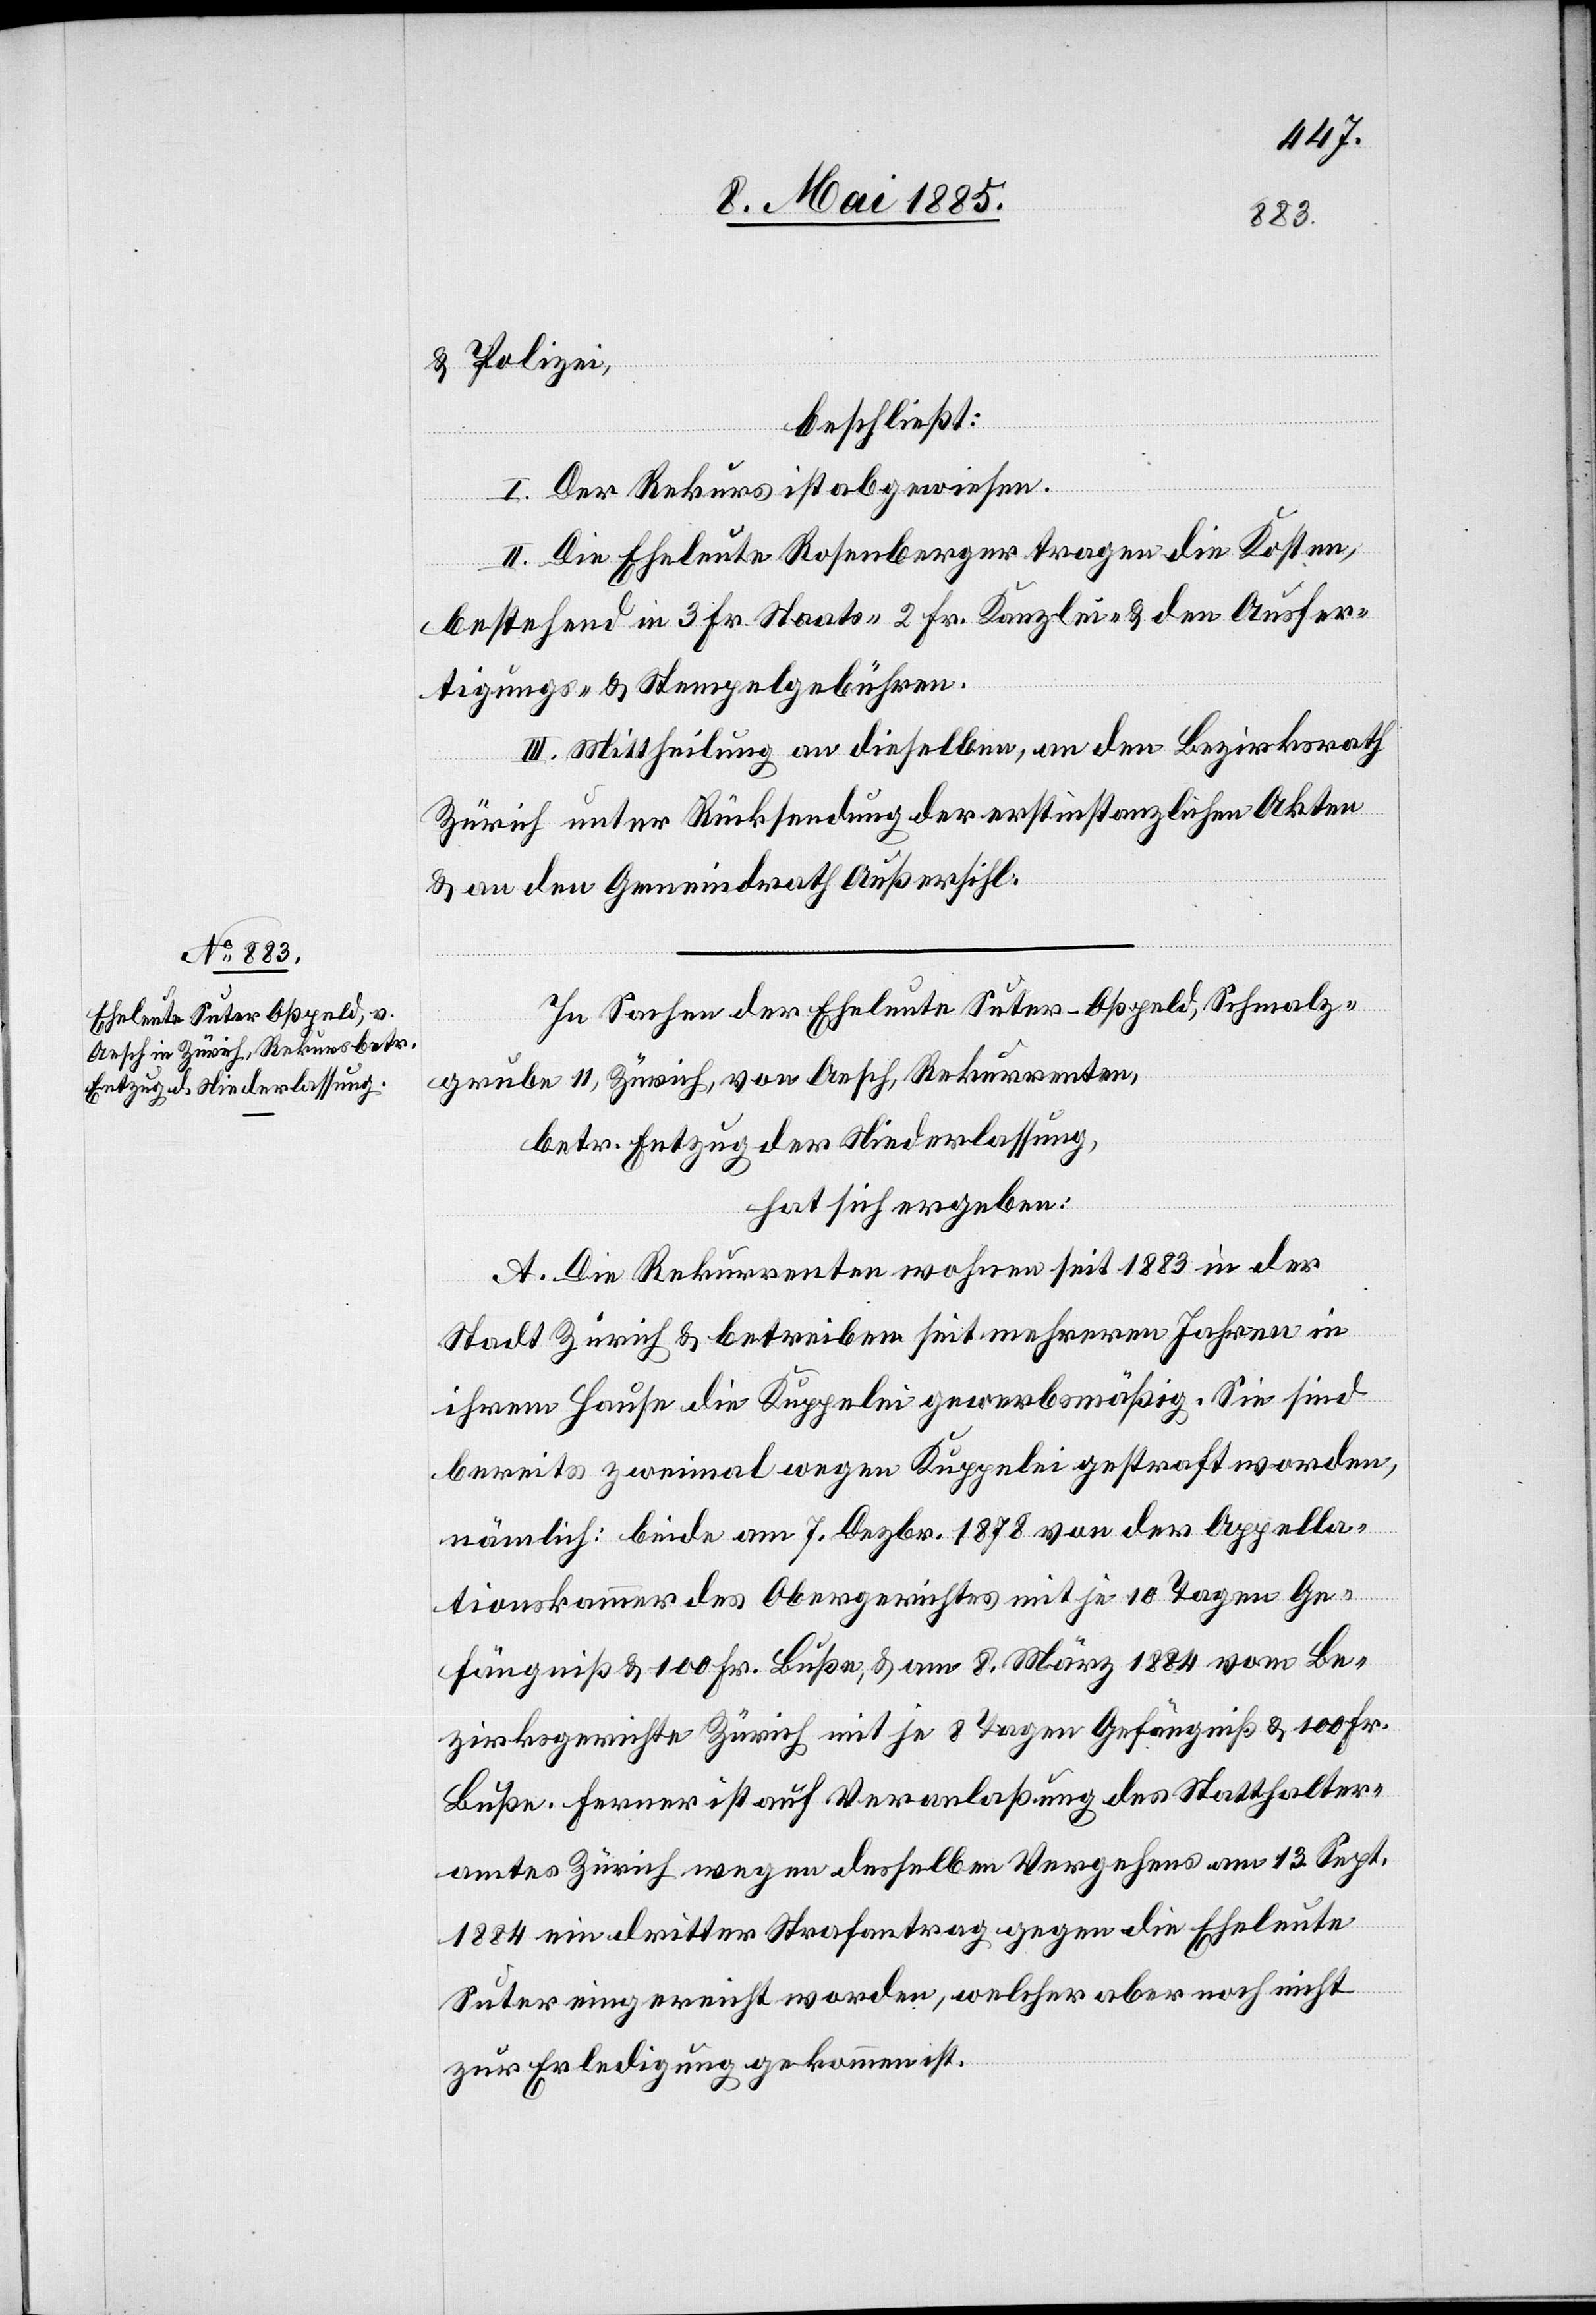
& Polizei,
beschließt:
I. Der Rekurs ist abgewiesen.
II. Die Eheleute Rosenberger tragen die Kosten,
bestehend in 3 Fr. Staats-[,] 2 Fr. Kanzlei- & den Ausfer¬
tigungs- & Stempelgebühren.
III. Mittheilung an dieselben, an den Bezirksrath
Zürich unter Rücksendung der erstinstanzlichen Akten
& an den Gemeindrath Außersihl.
In Sachen der Eheleute Suter-Oßpeld, Schmalz¬
grube 11, Zürich, von Aesch, Rekurrenten,
betr. Entzug der Niederlassung,
hat sich ergeben:
A. Die Rekurrenten wohnen seit 1883 in der
Stadt Zürich & betreiben seit mehreren Jahren in
ihrem Hause die Kuppelei gewerbsmäßig. Sie sind
bereits zweimal wegen Kuppelei gestraft worden,
nämlich: beide am 7. Dezbr. 1878 von der Appella¬
tionskammer des Obergerichtes mit je 10 Tagen Ge¬
fängniß & 100 Fr. Buße, & am 8. März 1884 vom Be¬
zirksgerichte Zürich mit je 8 Tagen Gefängniß & 100 Fr.
Buße. Ferner ist auf Veranlaßung des Statthalter¬
amtes Zürich wegen desselben Vergehens am 13. Sept¬
br.
1884 ein dritter Strafantrag gegen die Eheleute
Suter eingereicht worden, welcher aber noch nicht
zur Erledigung gekommen ist.